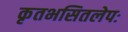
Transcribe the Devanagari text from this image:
कृतभसितलेपः